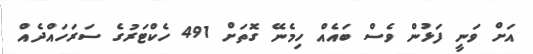
އަށް ވަނީ ފަޅުން ވެސް ބައެއް ހިމެނޭ ގޮތަށް 491 ހެކްޓަރުގެ ސަރަހައްދެއް